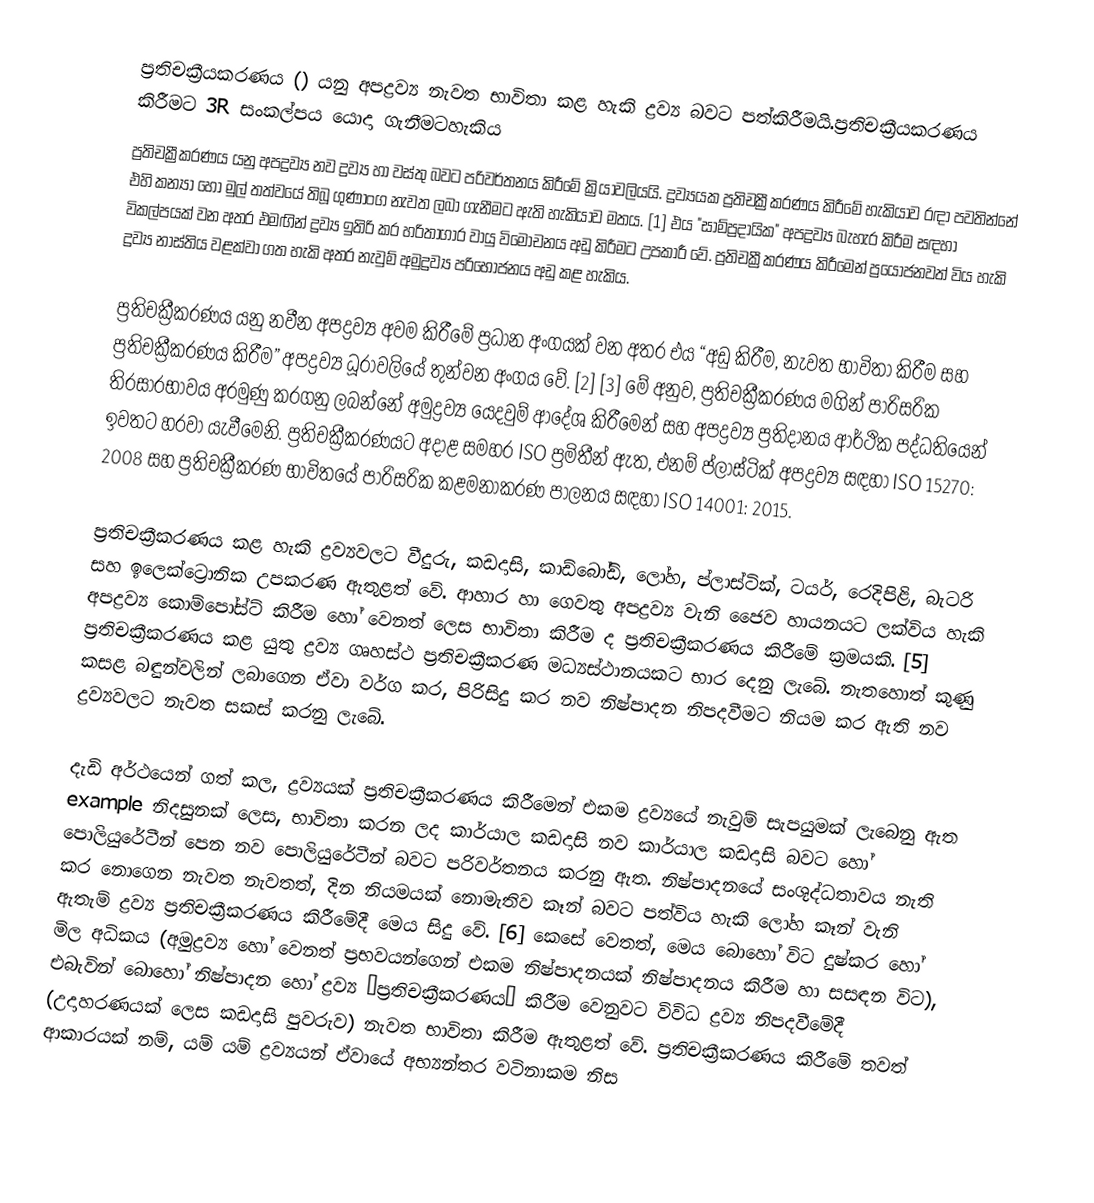
ප්‍රතිචක්‍රීයකරණය () යනු අපද්‍රව්‍ය නැවත භාවිතා කළ හැකි ද්‍රව්‍ය බවට පත්කිරීමයි.ප්‍රතිචක්‍රීයකරණය කිරීමට 3R සංකල්පය යොදා ගැනීමටහැකිය
ප්‍රතිචක්‍රීකරණය යනු අපද්‍රව්‍ය නව ද්‍රව්‍ය හා වස්තු බවට පරිවර්තනය කිරීමේ ක්‍රියාවලියයි.  ද්‍රව්‍යයක ප්‍රතිචක්‍රීකරණය කිරීමේ හැකියාව රඳා පවතින්නේ එහි කන්‍යා හෝ මුල් තත්වයේ තිබූ ගුණාංග නැවත ලබා ගැනීමට ඇති හැකියාව මතය. [1]  එය "සාම්ප්‍රදායික" අපද්‍රව්‍ය බැහැර කිරීම සඳහා විකල්පයක් වන අතර එමඟින් ද්‍රව්‍ය ඉතිරි කර හරිතාගාර වායු විමෝචනය අඩු කිරීමට උපකාරී වේ.  ප්‍රතිචක්‍රීකරණය කිරීමෙන් ප්‍රයෝජනවත් විය හැකි ද්‍රව්‍ය නාස්තිය වළක්වා ගත හැකි අතර නැවුම් අමුද්‍රව්‍ය පරිභෝජනය අඩු කළ හැකිය.

 ප්‍රතිචක්‍රීකරණය යනු නවීන අපද්‍රව්‍ය අවම කිරීමේ ප්‍රධාන අංගයක් වන අතර එය “අඩු කිරීම, නැවත භාවිතා කිරීම සහ ප්‍රතිචක්‍රීකරණය කිරීම” අපද්‍රව්‍ය ධූරාවලියේ තුන්වන අංගය වේ. [2] [3]  මේ අනුව, ප්‍රතිචක්‍රීකරණය මගින් පාරිසරික තිරසාරභාවය අරමුණු කරගනු ලබන්නේ අමුද්‍රව්‍ය යෙදවුම් ආදේශ කිරීමෙන් සහ අපද්‍රව්‍ය ප්‍රතිදානය ආර්ථික පද්ධතියෙන් ඉවතට හරවා යැවීමෙනි.  ප්‍රතිචක්‍රීකරණයට අදාළ සමහර ISO ප්‍රමිතීන් ඇත, එනම් ප්ලාස්ටික් අපද්‍රව්‍ය සඳහා ISO 15270: 2008 සහ ප්‍රතිචක්‍රීකරණ භාවිතයේ පාරිසරික කළමනාකරණ පාලනය සඳහා ISO 14001: 2015.

 ප්‍රතිචක්‍රීකරණය කළ හැකි ද්‍රව්‍යවලට වීදුරු, කඩදාසි, කාඩ්බෝඩ්, ලෝහ, ප්ලාස්ටික්, ටයර්, රෙදිපිළි, බැටරි සහ ඉලෙක්ට්‍රොනික උපකරණ ඇතුළත් වේ.  ආහාර හා ගෙවතු අපද්‍රව්‍ය වැනි ජෛව හායනයට ලක්විය හැකි අපද්‍රව්‍ය කොම්පෝස්ට් කිරීම හෝ වෙනත් ලෙස භාවිතා කිරීම ද ප්‍රතිචක්‍රීකරණය කිරීමේ ක්‍රමයකි. [5]  ප්‍රතිචක්‍රීකරණය කළ යුතු ද්‍රව්‍ය ගෘහස්ථ ප්‍රතිචක්‍රීකරණ මධ්‍යස්ථානයකට භාර දෙනු ලැබේ. නැතහොත් කුණු කසළ බඳුන්වලින් ලබාගෙන ඒවා වර්ග කර, පිරිසිදු කර නව නිෂ්පාදන නිපදවීමට නියම කර ඇති නව ද්‍රව්‍යවලට නැවත සකස් කරනු ලැබේ.

 දැඩි අර්ථයෙන් ගත් කල, ද්‍රව්‍යයක් ප්‍රතිචක්‍රීකරණය කිරීමෙන් එකම ද්‍රව්‍යයේ නැවුම් සැපයුමක් ලැබෙනු ඇත example නිදසුනක් ලෙස, භාවිතා කරන ලද කාර්යාල කඩදාසි නව කාර්යාල කඩදාසි බවට හෝ පොලියුරේටීන් පෙන නව පොලියුරේටීන් බවට පරිවර්තනය කරනු ඇත.  නිෂ්පාදනයේ සංශුද්ධතාවය නැති කර නොගෙන නැවත නැවතත්, දින නියමයක් නොමැතිව කෑන් බවට පත්විය හැකි ලෝහ කෑන් වැනි ඇතැම් ද්‍රව්‍ය ප්‍රතිචක්‍රීකරණය කිරීමේදී මෙය සිදු වේ. [6]  කෙසේ වෙතත්, මෙය බොහෝ විට දුෂ්කර හෝ මිල අධිකය (අමුද්‍රව්‍ය හෝ වෙනත් ප්‍රභවයන්ගෙන් එකම නිෂ්පාදනයක් නිෂ්පාදනය කිරීම හා සසඳන විට), එබැවින් බොහෝ නිෂ්පාදන හෝ ද්‍රව්‍ය “ප්‍රතිචක්‍රීකරණය” කිරීම වෙනුවට විවිධ ද්‍රව්‍ය නිපදවීමේදී (උදාහරණයක් ලෙස කඩදාසි පුවරුව) නැවත භාවිතා කිරීම ඇතුළත් වේ.  ප්‍රතිචක්‍රීකරණය කිරීමේ තවත් ආකාරයක් නම්, යම් යම් ද්‍රව්‍යයන් ඒවායේ අභ්‍යන්තර වටිනාකම නිස